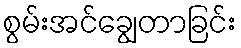
စွမ်းအင်ချွေတာခြင်း